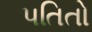
પતિતો